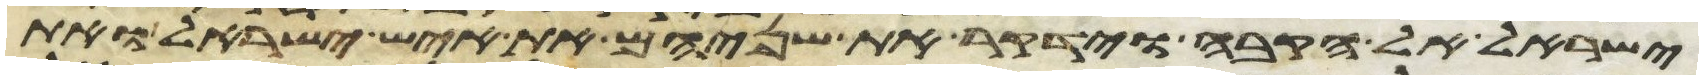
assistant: ישראל אל הקבה וידקר את שניהם את איש ישראל ואת